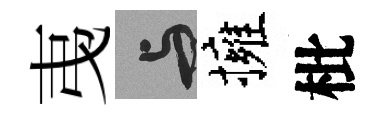
𢎯与擁枇